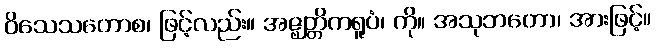
ဝိသေသတောစ၊ ဖြင့်လည်း။ အဇ္ဈတ္တိကရူပံ၊ ကို။ အသုဘတော၊ အားဖြင့်။